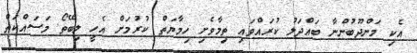
އެކި މަންދޫބުންނާ ބައްދަލު ކުރައްވައި ތިމާވެށި ހިމާޔަތް ކުރުމަށް އެހީ ލިބޭތޯ މަސައްކަތް